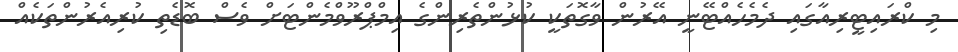
މި ކްރައިޓީރިއާގައި ދެމެހެއްޓޭނީ އޭރުން ވާގޮތަކީ ކުޅުންތެރިންގެ އިމްޕްރޫވްމެންޓަށް ވެސް ބޮޑެތި ކުރިއެރުންތަކެއް